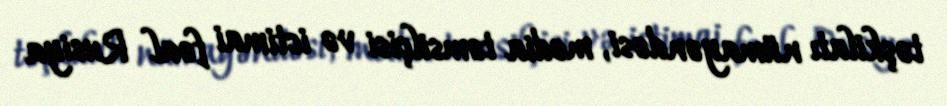
təşkilatı nümayəndəsi, media təmsilçisi və ictimai fəal Rusiya